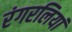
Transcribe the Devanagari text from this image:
रंगरलियां